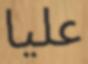
عليا